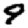
Digit: 9